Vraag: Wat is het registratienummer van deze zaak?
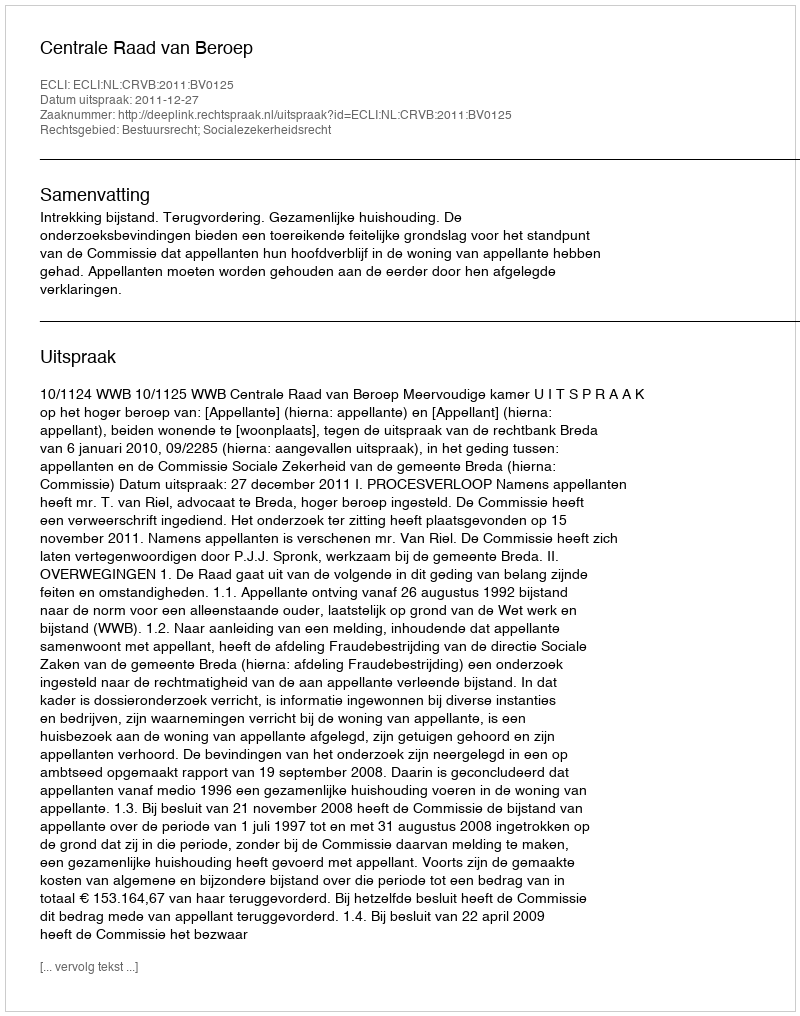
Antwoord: http://deeplink.rechtspraak.nl/uitspraak?id=ECLI:NL:CRVB:2011:BV0125